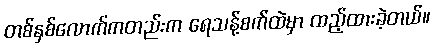
တစ်နှစ်လောက်ကတည်းက ရေသန့်စက်ထဲမှာ ထည့်ထားခဲ့တယ်။